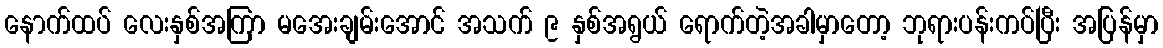
နောက်ထပ် လေးနှစ်အကြာ မအေးချမ်းအောင် အသက် ၉ နှစ်အရွယ် ရောက်တဲ့အခါမှာတော့ ဘုရားပန်းကပ်ပြီး အပြန်မှာ